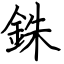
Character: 銖